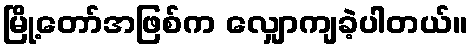
မြို့တော်အဖြစ်က လျှောကျခဲ့ပါတယ်။